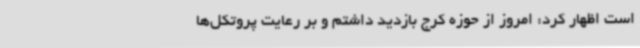
است اظهار کرد: امروز از حوزه کرج بازدید داشتم و بر رعایت پروتکل‌ها